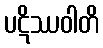
ပဋိဿဝါတိ